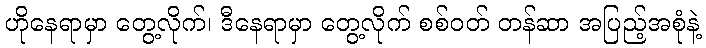
ဟိုနေရာမှာ တွေ့လိုက်၊ ဒီနေရာမှာ တွေ့လိုက် စစ်ဝတ် တန်ဆာ အပြည့်အစုံနဲ့